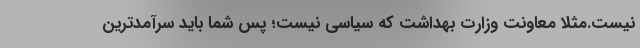
نیست.مثلا معاونت وزارت بهداشت که سیاسی نیست؛ پس شما باید سرآمدترین